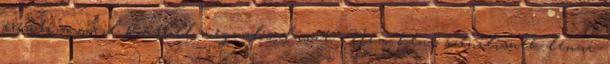
erősíti a civil kontroll megvalósulását? Nem kéne szenilisnek lenni.